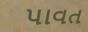
પાવત